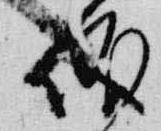
儀